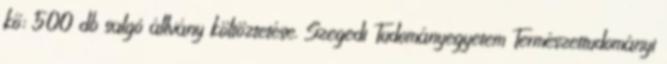
kő; 500 db salgó állvány költöztetése. Szegedi Tudományegyetem Természettudományi